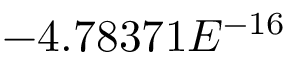
- 4 . 7 8 3 7 1 E ^ { - 1 6 }